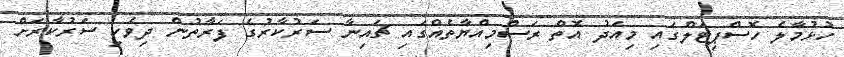
ހުޅުމާލެ ހޮސްޕިޓަލްގައި މިއަދު އޮތް ރަސްމިއްޔާތެއްގައި ޗައިނާ ސަރުކާރުގެ ފަރާތުން ދިވެހި ސަރުކާރަށް